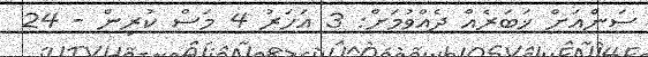
ސަންއަށް ޚަބަރެއް ދެއްވުމަށް: 3 އަހަރު 4 މަސް ކުރިން - 24